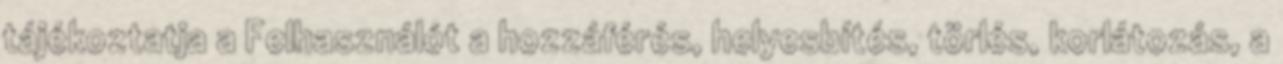
tájékoztatja a Felhasználót a hozzáférés, helyesbítés, törlés, korlátozás, a